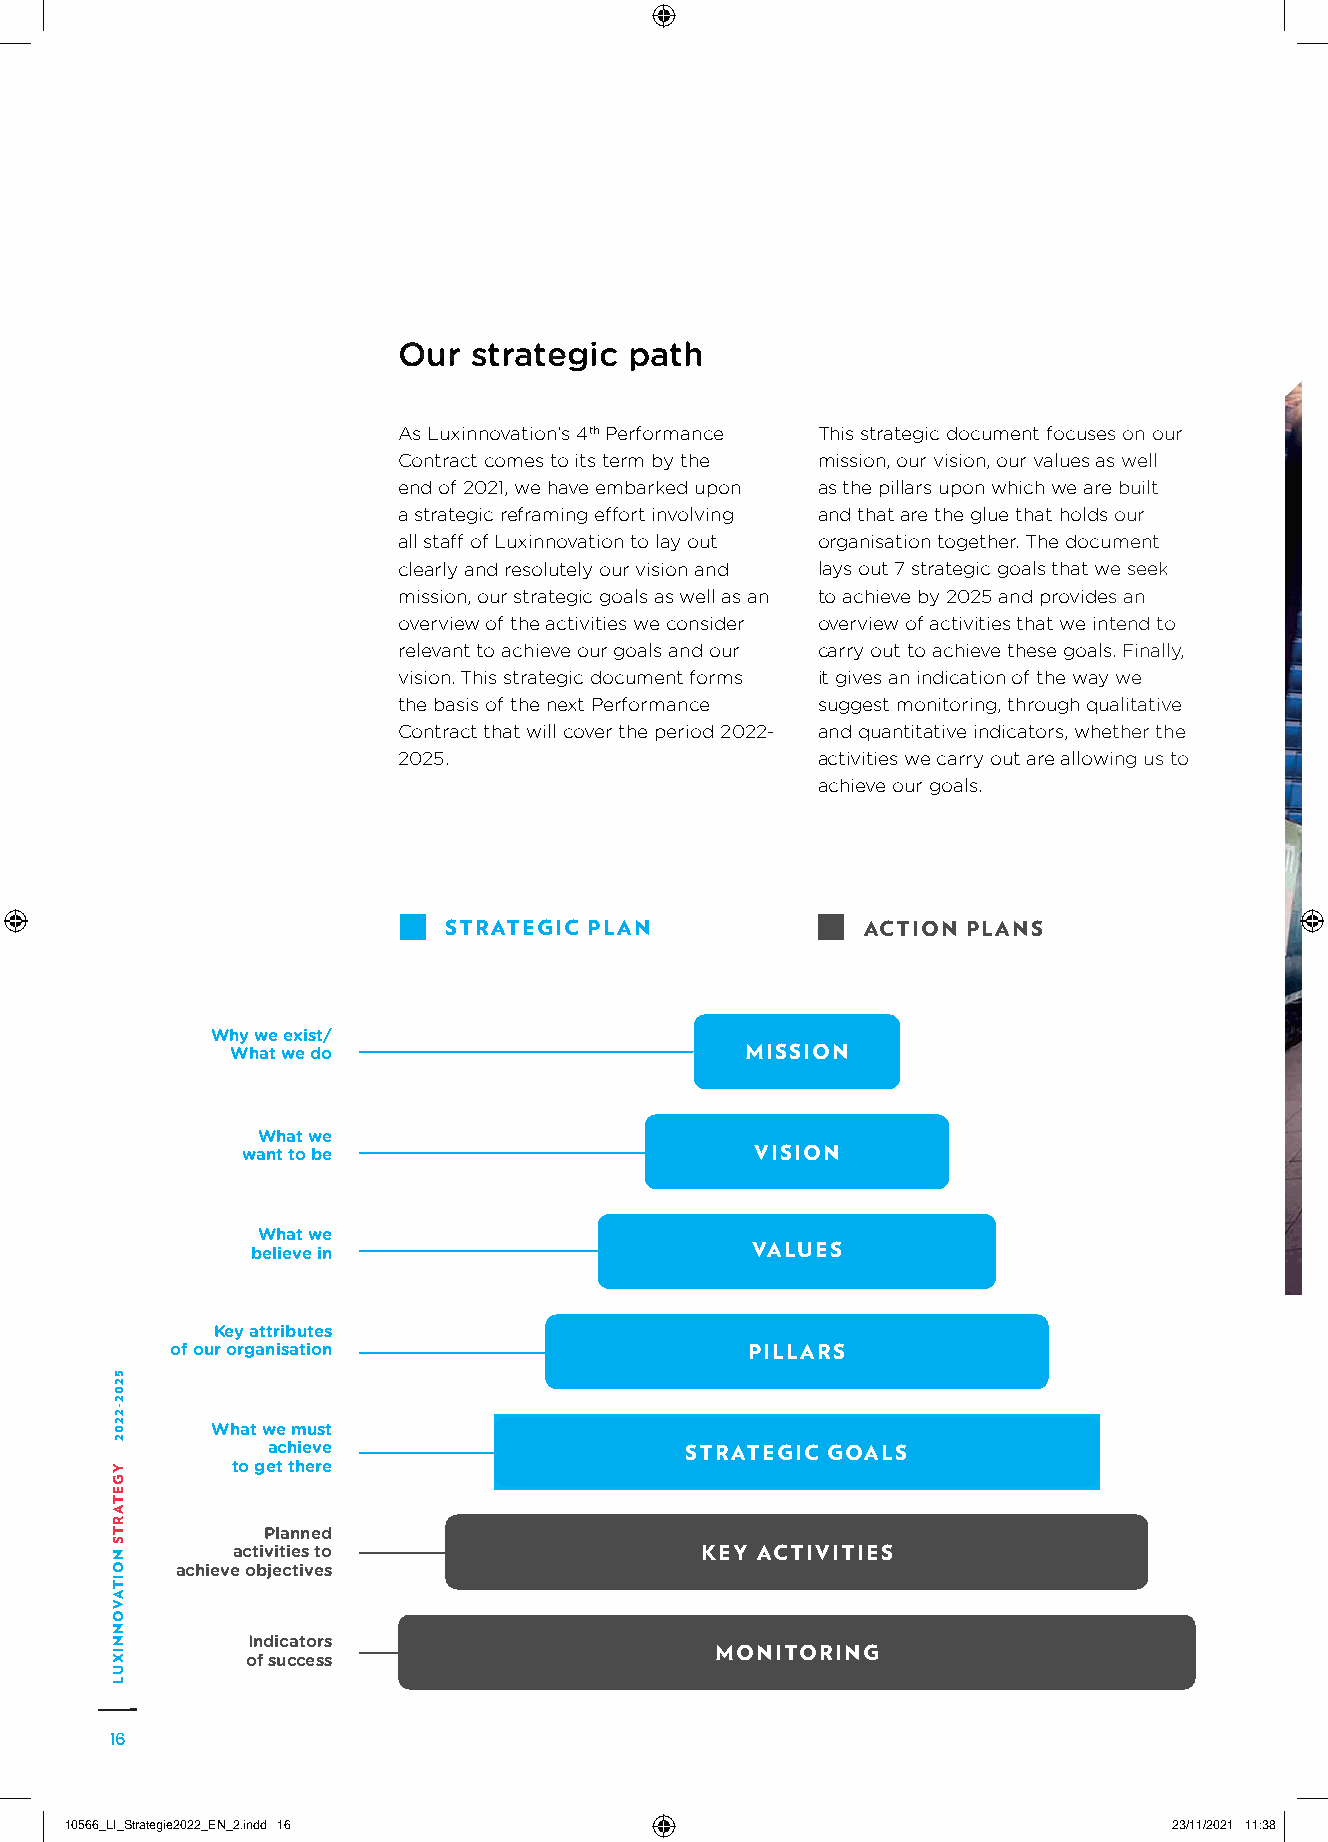
Our  strategic  path
 As Luxinnovation’s 4th Performance This strategic document focuses on our
 Contract comes to its term by the mission, our vision, our values as well
 end of 2021, we have embarked upon as the pillars upon which we are built
 a strategic reframing effort involving and that are the glue that holds our
 all staff of Luxinnovation to lay out organisation together. The document
 clearly and resolutely our vision and lays out 7 strategic goals that we seek
 mission, our strategic goals as well as an to achieve by 2025 and provides an
 overview of the activities we consider overview of activities that we intend to
 relevant to achieve our goals and our carry out to achieve these goals. Finally,
 vision. This strategic document forms it gives an indication of the way we
 the basis of the next Performance suggest monitoring, through qualitative
 Contract that will cover the period 2022- and quantitative indicators, whether the
 2025.                       activities we carry out are allowing us to
 achieve our goals.
 STRATEGIC PLAN              ACTION PLANS
 Why we exist/
 What we do                        MISSION
 What we
 want to be                        VISION
 What we
 believe in                       VALUES
 Key attributes
 of our organisation                    PILLARS
 What we must
 achieve                    STRATEGIC GOALS
 to get there
 Planned
 activities to                  KEY ACTIVITIES
 achieve objectives
 Indicators
 MONITORING
 of success
 16
 1100556666__LLII__SSttrraatteeggiiee22002222__EENN__22..iinndddd 1166     2233//1111//22002211 1111::3388
 5202-2202
 YGETARTS
 NOITAVONNIXUL